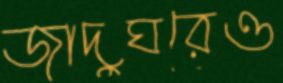
জাদুঘরেও